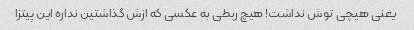
یعنی هیچی توش نداشت! هیچ ربطی به عکسی که ازش گذاشتین نداره این پیتزا